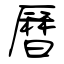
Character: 曆